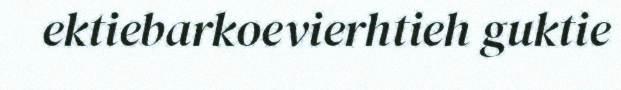
ektiebarkoevierhtieh guktie